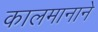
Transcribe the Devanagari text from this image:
कालमानाने